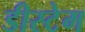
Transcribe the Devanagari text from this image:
डीस्टेम